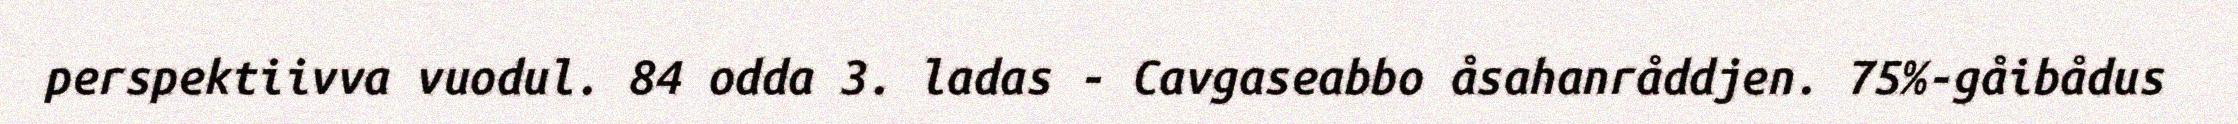
perspektiivva vuodul. 84 odda 3. ladas - Cavgaseabbo åsahanråddjen. 75%-gåibådus